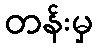
တန်းမှ